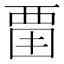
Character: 𧟮